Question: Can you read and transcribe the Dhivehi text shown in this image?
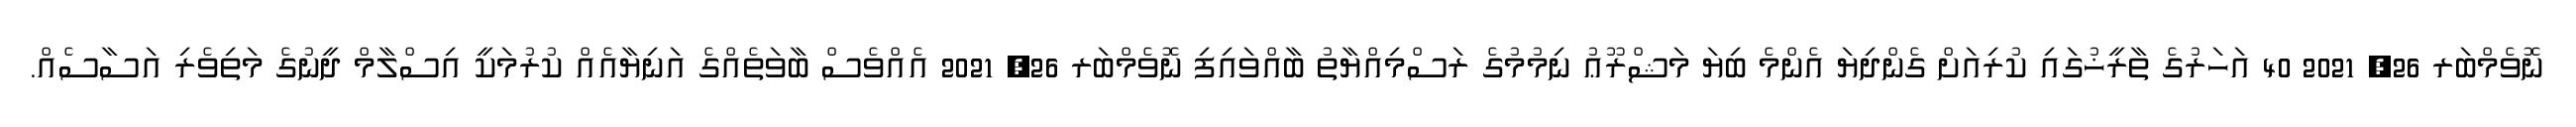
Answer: ނޮވެމްބަރ 26, 2021 40 އަހަރުގެ ތާރީޚުގައި ކުރިއަށް ގެންދިޔަ އެންމެ ބިޔަ މަޝްރޫޢު ނިމުމުގެ ރަސްމިއްޔާތު ބާއްވައިފި ނޮވެމްބަރ 26, 2021 އެއްވެސް ބާވަތެއްގެ އަނިޔާއެއް ކުރުމަކީ އިސްލާމް ދީނުގެ މަތިވެރި އަސާސެއް.